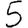
Digit: 5